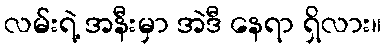
လမ်းရဲ့ အနီးမှာ အဲဒီ နေရာ ရှိလား။